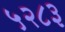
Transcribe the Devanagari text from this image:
५२८३